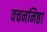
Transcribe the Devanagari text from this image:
वचननिष्ठा